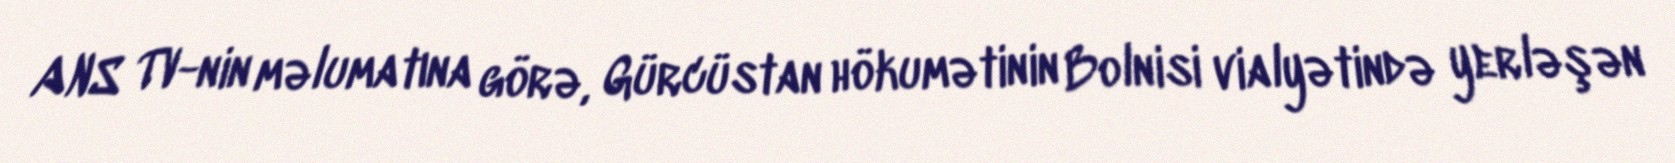
ANS TV-nin məlumatına görə, Gürcüstan hökumətinin Bolnisi vialyətində yerləşən